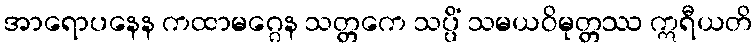
အာရောပနေန ကထာမဂ္ဂေန သတ္တကေ သပ္ပိံ သမယဝိမုတ္တဿ ဣရီယတိ